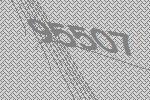
95507